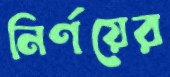
নির্ণয়ের